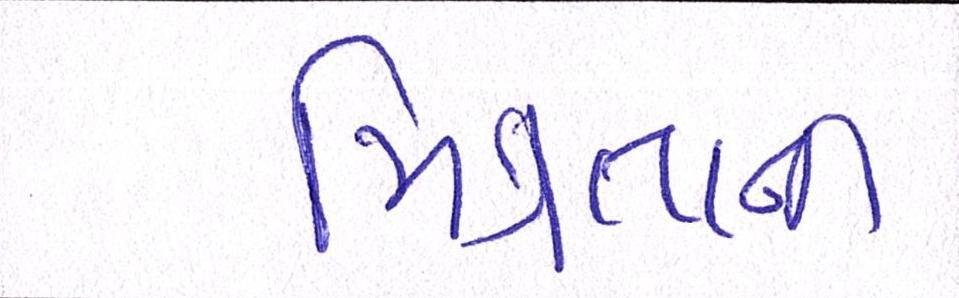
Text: મિત્રતાની